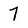
Character: 7